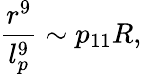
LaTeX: \frac{r^{9}}{l_{p}^{9}}\sim p_{11}R,